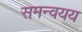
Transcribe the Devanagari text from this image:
समन्वयय